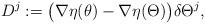
LaTeX: \begin{align*}D^j:=\bigl(\nabla{\eta}(\theta)-\nabla{\eta}(\Theta)\bigr)\delta\Theta^j,\end{align*}